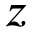
z